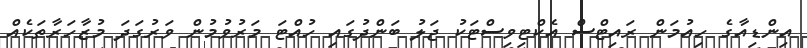
އިންޑިއާގެ ހިއުމަން ރައިޓްސް އެކްޓިވިސްޓަކު ޖަލު ބަންދުގައި ހުއްޓަ މަރުވުމުން ވަރުގަދަ މުޒާހަރާތަކެއް